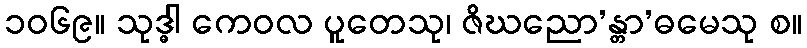
၁၀၆၉။ သုဒ္ဓါ ကေဝလ ပူတေသု၊ ဇိဃညော’န္တာ’ဓမေသု စ။